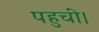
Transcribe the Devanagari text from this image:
पहुचीं।